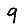
Digit: 9